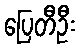
ပြေတီဦး